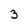
Character: 3